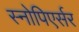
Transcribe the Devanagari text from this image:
स्नोपिएर्सर